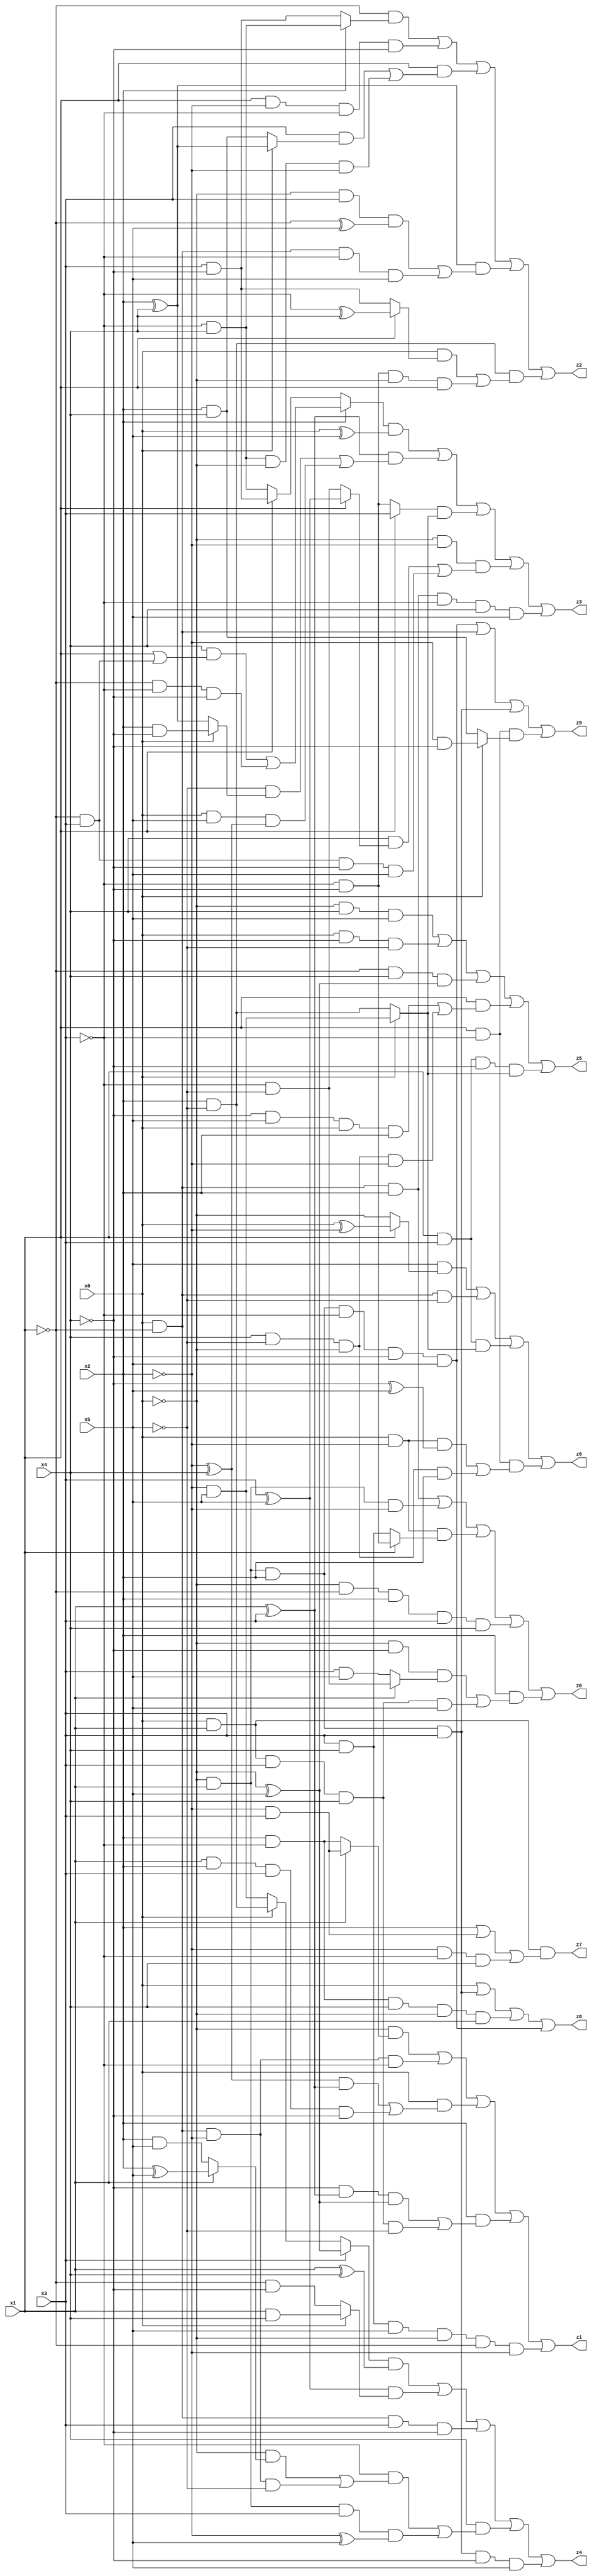
// Benchmark "X_63" written by ABC on Mon Jun 05 19:55:25 2023

module X_63 ( 
    x0, x1, x2, x3, x4, x5,
    z0, z1, z2, z3, z4, z5, z6, z7, z8, z9  );
  input  x0, x1, x2, x3, x4, x5;
  output z0, z1, z2, z3, z4, z5, z6, z7, z8, z9;
  assign z0 = (x0 & ~x1 & x2) | (~x0 & x1 & ~x2) | (x0 & ~x2 & (x1 ? (~x3 & ~x4) : (x3 & x4))) | (~x0 & ~x1 & x2 & x3 & x4) | (x2 & ((~x0 & ~x4 & (x1 ? (~x3 & ~x5) : (x3 & x5))) | (x0 & x1 & x3 & x4 & x5)));
  assign z1 = (~x0 & (x1 ? (~x2 & x3) : (x2 & ~x3))) | (x0 & ~x1 & ~x2 & ~x3) | (x0 & (((~x2 ^ x4) & (x1 ^ x3)) | (x1 & x2 & x3 & ~x4))) | (x2 & ((~x4 & (x1 ^ x3) & (~x0 ^ x5)) | (x0 & x1 & x3 & x4 & ~x5))) | (x3 & x4 & x5 & ~x0 & ~x1 & ~x2);
  assign z2 = (~x1 & (x2 ? (~x3 & x4) : (x3 & ~x4))) | (x1 & ~x2 & ~x3 & ~x4) | (x1 & ((x3 & (x0 ? (x2 ^ x4) : (x2 & x4))) | (~x3 & x4 & ~x0 & ~x2))) | ((x2 ^ x4) & ((~x0 & x3 & (~x1 ^ x5)) | (x0 & ~x1 & ~x3 & x5))) | (x2 & ~x5 & ((x0 & (x1 ? (~x3 ^ x4) : (x3 & ~x4))) | (~x3 & ~x4 & ~x0 & x1)));
  assign z3 = ((x2 ? ((x4 & (x1 | (~x1 & x3))) | (~x1 & ~x3 & ~x4)) : (x1 ? (x3 & ~x4) : (~x3 & x4))) & (x0 ^ x5)) | ((x1 ^ x3) & ((~x5 & (x0 ? (x2 & ~x4) : (x2 ^ x4))) | (x0 & x5 & (~x2 ^ x4)))) | ((x1 ? x3 : (~x3 & ~x4)) & (x0 ? (~x2 & x5) : (x2 & ~x5))) | (~x0 & ~x2 & ((x4 & (x1 ? (x3 ^ x5) : (~x3 & ~x5))) | (~x1 & x3 & ~x4 & x5))) | (x0 & ~x1 & x2 & ~x3 & x4 & x5);
  assign z4 = ((x3 ? (~x0 ^ x5) : (x0 ? (x2 & ~x5) : (~x2 & x5))) & (x1 ^ x4)) | ((x3 ^ x5) & (x0 ? (x1 & x4) : (~x1 & ~x4))) | (x0 & ~x1 & x3 & ~x4) | (x4 & ((~x3 & ((~x0 & (x1 ? (x2 ^ x5) : (x2 & x5))) | (x0 & ~x1 & ~x2 & ~x5))) | (~x0 & x1 & x3 & (~x2 ^ x5)))) | (~x0 & x1 & x2 & x3 & ~x4 & x5);
  assign z5 = (~x0 & x4 & x5) | (x0 & ~x4 & ~x5) | (~x1 & x4 & (~x0 ^ x5)) | (x1 & ((~x4 & x5 & x0 & x2) | (x4 & ~x5 & ~x0 & ~x2))) | (x1 & x3 & ~x4 & (x0 ? (~x2 & x5) : (x2 & ~x5)));
  assign z6 = (x5 & (x1 ? (x0 ^ ~x2) : ~x0)) | (x0 & ~x1 & ~x5) | (x1 & x3 & (x0 ? (~x2 & x5) : (x2 & ~x5))) | (x1 & ~x3 & ((x0 & ~x2 & (~x4 ^ x5)) | (x4 & ~x5 & ~x0 & x2)));
  assign z7 = x0 & x1 & (x2 | (~x2 & x3) | (~x2 & ~x3 & x4));
  assign z8 = x0 | (~x0 & x1 & x2 & x3) | (x2 & ~x3 & x4 & ~x0 & x1) | (~x0 & x1 & x2 & ~x3 & ~x4 & x5);
  assign z9 = (~x0 & x1 & x2 & ~x3 & ~x4 & x5) | (x0 & ~x1) | (~x0 & x1 & x2 & x3) | (x1 & ~x3 & (x0 ? (~x2 & ~x4) : (x2 & x4)));
endmodule